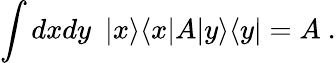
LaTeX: \int dxdy~~|x\rangle\langle x|A|y\rangle\langle y|=A~.